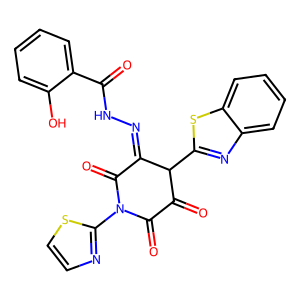
SMILES: O=C(NN=C1C(=O)N(c2nccs2)C(=O)C(=O)C1c1nc2ccccc2s1)c1ccccc1O
Inhibits HIV replication: No